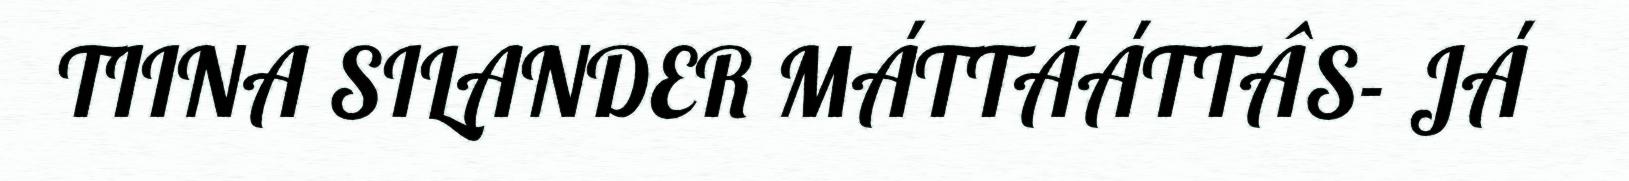
TIINA SILANDER MÁTTÁÁTTÂS- JÁ